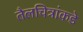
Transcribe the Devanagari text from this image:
तैलचित्रांकडे